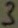
Text: 3